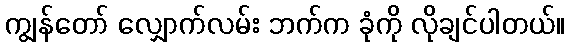
ကျွန်တော် လျှောက်လမ်း ဘက်က ခုံကို လိုချင်ပါတယ်။